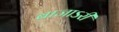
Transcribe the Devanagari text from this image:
बाजाऽरी